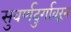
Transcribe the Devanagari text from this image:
सुवर्णदुर्गावरून